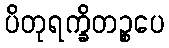
ပိတုရက္ခိတဉ္စပေ